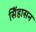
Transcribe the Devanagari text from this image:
सिेंहासन